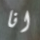
انا